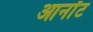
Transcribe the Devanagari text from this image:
आर्नॉट